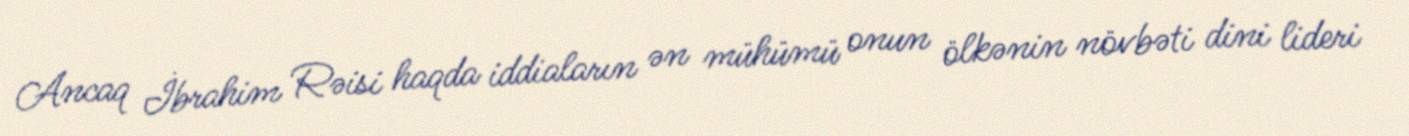
Ancaq İbrahim Rəisi haqda iddiaların ən mühümü onun ölkənin növbəti dini lideri